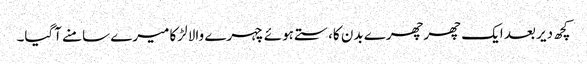
کچھ دیر بعد ایک چھرچھرے بدن کا،ستے ہوئے چہرے والا لڑکا میرے سامنے آگیا۔